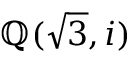
\mathbb { Q } ( { \sqrt { 3 } } , i )